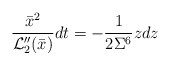
\begin{align*} \frac{\bar x^2}{{\cal L}_2''(\bar x)}dt=-\frac{1}{2\Sigma^6}zdz\end{align*}